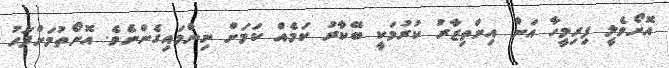
އޮށޯވެލީ ފިރިމީހާ އަށް އިންތިޒާރު ކުރުމަކީ ބޭކާރު ކަމެއް ކަމަށް ނިންމައިގެންނެވެ. އޮށޯތުމަށްފަހު